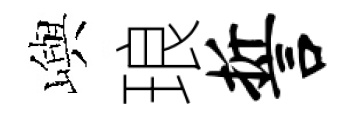
嶼琅誓